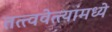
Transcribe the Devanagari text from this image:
तत्त्ववेत्त्यांमध्ये